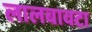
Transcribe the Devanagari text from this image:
लालबावटा